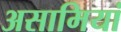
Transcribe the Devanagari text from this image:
असामियां